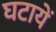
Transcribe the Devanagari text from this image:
घटायें